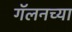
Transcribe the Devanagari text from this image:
गॅलनच्या